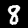
Label: 8